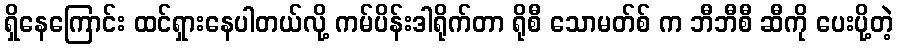
ရှိနေကြောင်း ထင်ရှားနေပါတယ်လို့ ကမ်ပိန်းဒါရိုက်တာ ရိုစီ သောမတ်စ် က ဘီဘီစီ ဆီကို ပေးပို့တဲ့